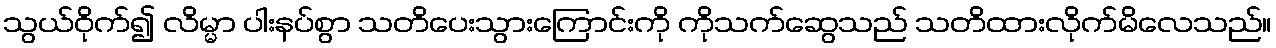
သွယ်ဝိုက်၍ လိမ္မာ ပါးနပ်စွာ သတိပေးသွားကြောင်းကို ကိုသက်ဆွေသည် သတိထားလိုက်မိလေသည်။